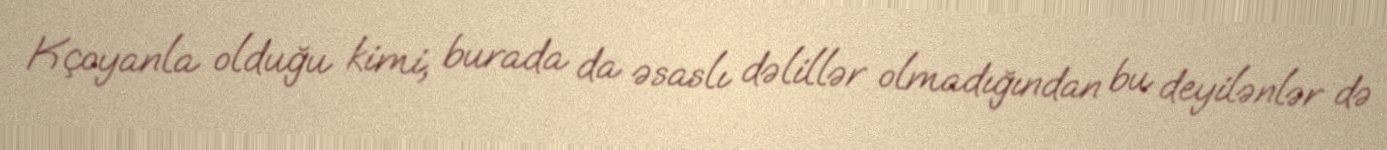
Kçoyanla olduğu kimi, burada da əsaslı dəlillər olmadığından bu deyilənlər də